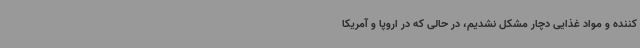
‌کننده و مواد غذایی دچار مشکل نشدیم، در حالی که در اروپا و آمریکا